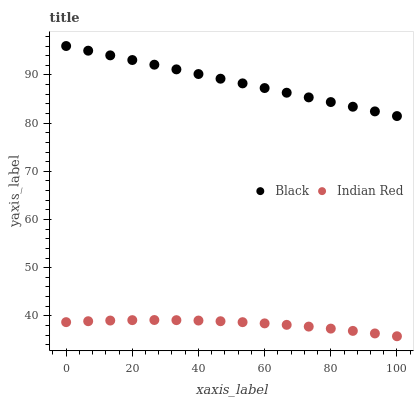
| xaxis_label | Black | Indian Red |
 | --- | --- | --- |
 | 0 | 96 | 38.7 |
 | 6.67 | 95 | 38.9 |
 | 13.3 | 94.1 | 39 |
 | 20 | 93.1 | 39.1 |
 | 26.7 | 92.1 | 39.1 |
 | 33.3 | 91.2 | 39.1 |
 | 40 | 90.2 | 39 |
 | 46.7 | 89.2 | 38.9 |
 | 53.3 | 88.2 | 38.7 |
 | 60 | 87.3 | 38.4 |
 | 66.7 | 86.3 | 38.1 |
 | 73.3 | 85.3 | 37.8 |
 | 80 | 84.4 | 37.4 |
 | 86.7 | 83.4 | 36.9 |
 | 93.3 | 82.4 | 36.3 |
 | 100 | 81.5 | 35.8 |